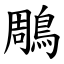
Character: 鵰